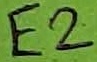
Text: E2